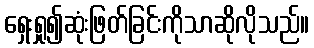
ရှေးရှု၍ဆုံးဖြတ်ခြင်းကိုသာဆိုလိုသည်။